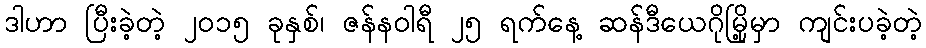
ဒါဟာ ပြီးခဲ့တဲ့ ၂၀၁၅ ခုနှစ်၊ ဇန်နဝါရီ ၂၅ ရက်နေ့ ဆန်ဒီယေဂိုမြို့မှာ ကျင်းပခဲ့တဲ့